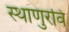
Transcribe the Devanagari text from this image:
स्थाणुरवि